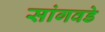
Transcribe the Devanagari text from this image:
सांगवडे